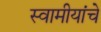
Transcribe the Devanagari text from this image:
स्वामीयांचे